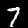
Label: 7